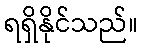
ရရှိနိုင်သည်။